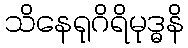
သိနေရုဂိရိမုဒ္ဓနိ